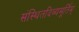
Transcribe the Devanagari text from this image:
संस्थितदिव्यमूर्तिम्